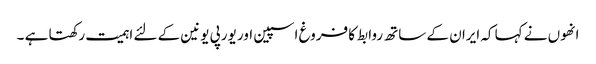
انھوں نے کہا کہ ایران کے ساتھ روابط کا فروغ اسپین اور یورپی یونین کے لئے اہمیت رکھتا ہے ۔